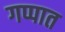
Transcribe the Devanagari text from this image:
गप्पात